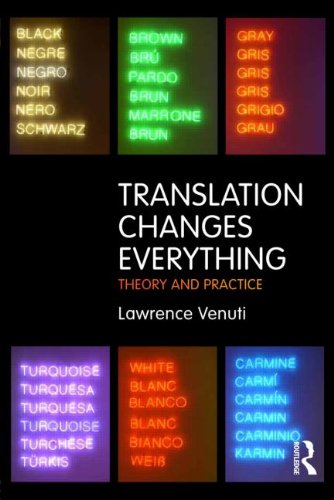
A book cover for Translation Changes Everything: Theory and Practice; Lawrence Venuti; Reference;